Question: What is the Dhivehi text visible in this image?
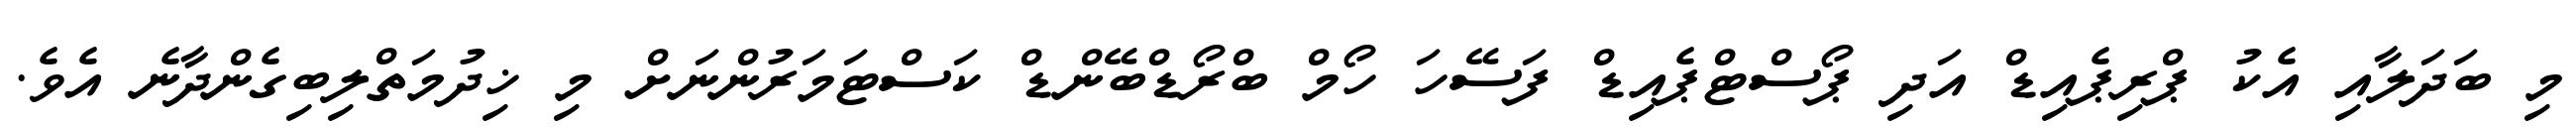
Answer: މި ބަދަލާއި އެކު ޕްރިޕެއިޑް އަދި ޕޯސްޓްޕެއިޑް ފަސޭހަ ހޯމް ބްރޯޑްބޭންޑް ކަސްޓަމަރުންނަށް މި ޚިދުމަތްލިބިގެންދާނެ އެވެ.